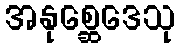
အနုစ္ဆေဒေသု